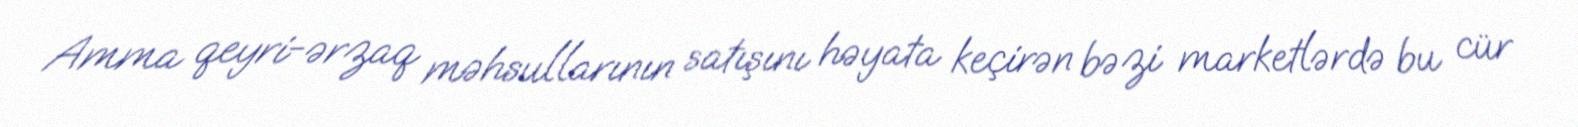
Amma qeyri-ərzaq məhsullarının satışını həyata keçirən bəzi marketlərdə bu cür